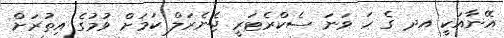
އޭނާއަކީ އދ ގެ ހަ ވަނަ ސެކްރެޓަރީ ޖެނެރަލް ކަމަށް ވުމުގެ އިތުރަށް